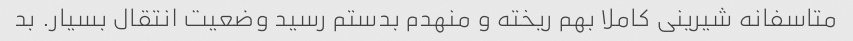
متاسفانه شیرینی کاملا بهم ریخته و منهدم بدستم رسید وضعیت انتقال بسیار. بد